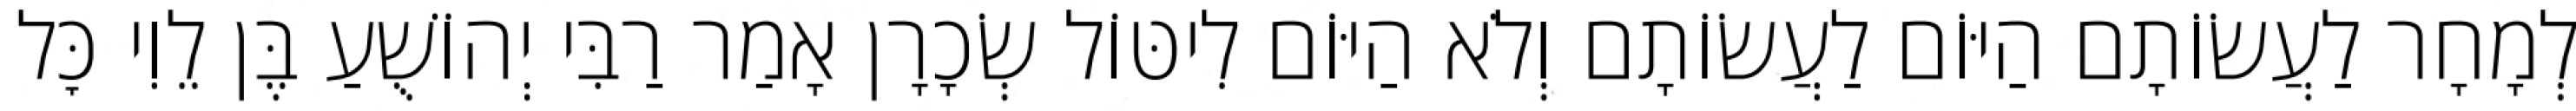
לְמָחָר לַעֲשׂוֹתָם הַיּוֹם לַעֲשׂוֹתָם וְלֹא הַיּוֹם לִיטּוֹל שְׂכָרָן אָמַר רַבִּי יְהוֹשֻׁעַ בֶּן לֵוִי כׇּל